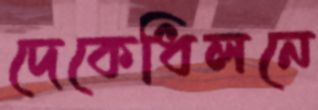
দেকেধিলনে